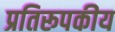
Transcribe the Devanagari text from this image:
प्रतिरूपकीय